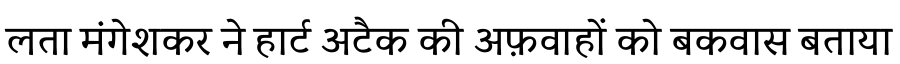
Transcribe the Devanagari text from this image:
लता मंगेशकर ने हार्ट अटैक की अफ़वाहों को बकवास बताया